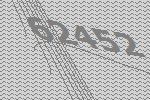
62452